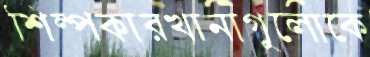
শিল্পকারখানাগুলোকে